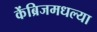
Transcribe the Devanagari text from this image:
केंब्रिजमधल्या